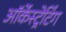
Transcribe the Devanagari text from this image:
ऑर्केस्ट्रेटिंग